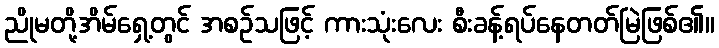
ညိုမတို့အိမ်ရှေ့တွင် အစဉ်သဖြင့် ကားသုံးလေး စီးခန့်ရပ်နေတတ်မြဲဖြစ်၏။